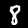
Label: 8